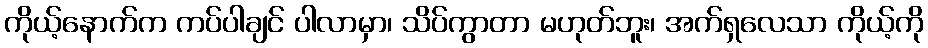
ကိုယ့်နောက်က ကပ်ပါချင် ပါလာမှာ၊ သိပ်ကွာတာ မဟုတ်ဘူး၊ အက်ရှလေသာ ကိုယ့်ကို